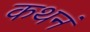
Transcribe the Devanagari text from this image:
कथनं